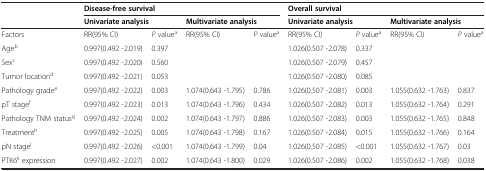
<table><thead><tr><td><b> </b></td><td colspan="4"><b>Disease-free survival</b></td><td colspan="4"><b>Overall survival</b></td></tr><tr><td><b> </b></td><td colspan="2"><b>Univariate analysis</b></td><td colspan="2"><b>Multivariate analysis</b></td><td colspan="2"><b>Univariate analysis</b></td><td colspan="2"><b>Multivariate analysis</b></td></tr></thead><tbody><tr><td>Factors</td><td>RR(95% CI)</td><td><i>P </i>value<sup>a</sup></td><td>RR(95% CI)</td><td><i>P </i>value<sup>a</sup></td><td>RR(95% CI)</td><td><i>P </i>value<sup>a</sup></td><td>RR(95% CI)</td><td><i>P </i>value<sup>a</sup></td></tr><tr><td>Age<sup>b</sup></td><td>0.997(0.492 -2.019)</td><td>0.397</td><td> </td><td> </td><td>1.026(0.507 -2.078)</td><td>0.337</td><td> </td><td> </td></tr><tr><td>Sex<sup>c</sup></td><td>0.997(0.492 -2.020)</td><td>0.560</td><td> </td><td> </td><td>1.026(0.507 -2.079)</td><td>0.457</td><td> </td><td> </td></tr><tr><td>Tumor location<sup>d</sup></td><td>0.997(0.492 -2.021)</td><td>0.053</td><td> </td><td> </td><td>1.026(0.507 -2.080)</td><td>0.085</td><td> </td><td> </td></tr><tr><td>Pathology grade<sup>e</sup></td><td>0.997(0.492 -2.022)</td><td>0.003</td><td>1.074(0.643 -1.795)</td><td>0.786</td><td>1.026(0.507 -2.081)</td><td>0.003</td><td>1.055(0.632 -1.763)</td><td>0.837</td></tr><tr><td>pT stage<sup>f</sup></td><td>0.997(0.492 -2.023)</td><td>0.013</td><td>1.074(0.643 -1.796)</td><td>0.434</td><td>1.026(0.507 -2.082)</td><td>0.013</td><td>1.055(0.632 -1.764)</td><td>0.291</td></tr><tr><td>Pathology TNM status<sup>g</sup></td><td>0.997(0.492 -2.024)</td><td>0.002</td><td>1.074(0.643 -1.797)</td><td>0.886</td><td>1.026(0.507 -2.083)</td><td>0.003</td><td>1.055(0.632 -1.765)</td><td>0.848</td></tr><tr><td>Treatment<sup>h</sup></td><td>0.997(0.492 -2.025)</td><td>0.005</td><td>1.074(0.643 -1.798)</td><td>0.167</td><td>1.026(0.507 -2.084)</td><td>0.015</td><td>1.055(0.632 -1.766)</td><td>0.164</td></tr><tr><td>pN stage<sup>I</sup></td><td>0.997(0.492 -2.026)</td><td>&lt;0.001</td><td>1.074(0.643 -1.799)</td><td>0.04</td><td>1.026(0.507 -2.085)</td><td>&lt;0.001</td><td>1.055(0.632 -1.767)</td><td>0.03</td></tr><tr><td>PTK6<sup>k</sup> expression</td><td>0.997(0.492 -2.027)</td><td>0.002</td><td>1.074(0.643 -1.800)</td><td>0.029</td><td>1.026(0.507 -2.086)</td><td>0.002</td><td>1.055(0.632 -1.768)</td><td>0.038</td></tr></tbody></table>